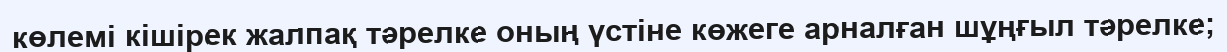
көлемі кішірек жалпақ тәрелке оның үстіне көжеге арналған шұңғыл тәрелке;